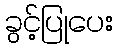
ခွင့်ပြုပေး